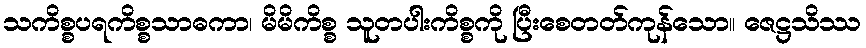
သကိစ္စပရကိစ္စသာဓကာ၊ မိမိကိစ္စ သူတပါးကိစ္စကို ပြီးစေတတ်ကုန်သော။ ဇေဋ္ဌသိဿ